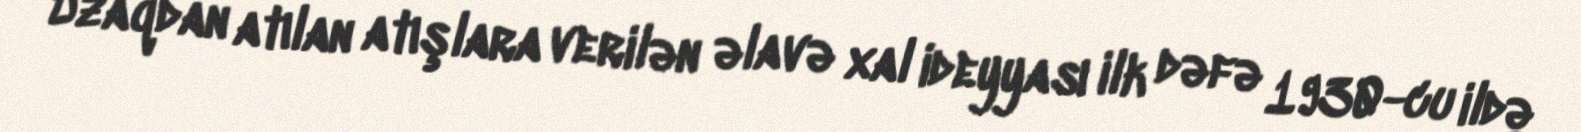
Uzaqdan atılan atışlara verilən əlavə xal ideyyası ilk dəfə 1930-cu ildə